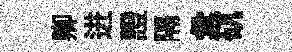
卿进證隔彙矹